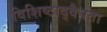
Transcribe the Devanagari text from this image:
विशिष्टाद्वैयता